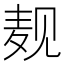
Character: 𪎉